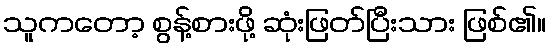
သူကတော့ စွန့်စားဖို့ ဆုံးဖြတ်ပြီးသား ဖြစ်၏။